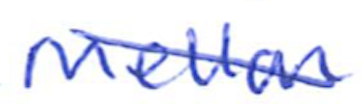
Text: Mellon
Cross-out: diagonal
Writing tool: ballpoint